Scottish Certificate of Education, 1962
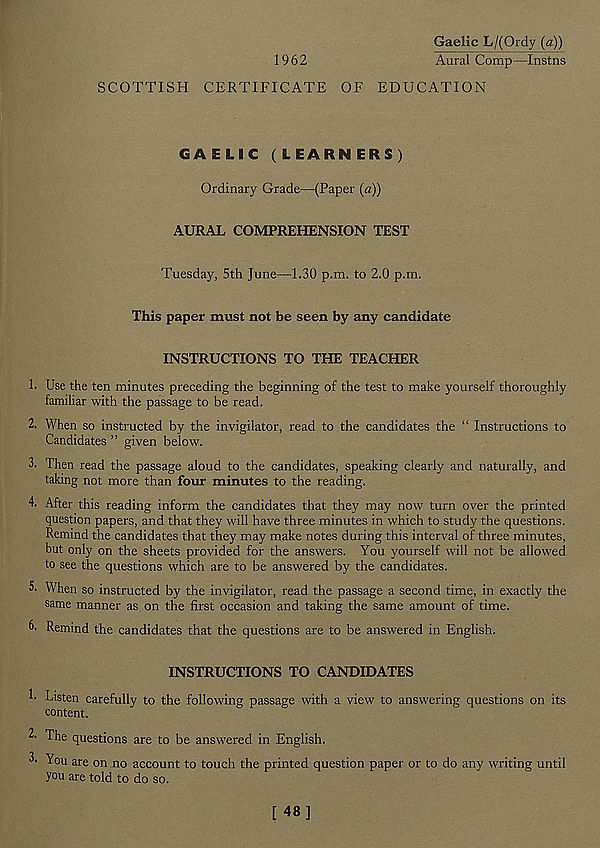
Gaelic L/(Ordy (a))
1962
Aural Comp—Instns
SCOTTISH CERTIFICATE OF EDUCATION
GAELIC (LEARNERS)
Ordinary Grade—(Paper («))
AURAL COMPREHENSION TEST
Tuesday, 5th June—1.30 p.m. to 2.0 p.m.
This paper must not be seen by any candidate
INSTRUCTIONS TO THE TEACHER
h Use the ten minutes preceding the beginning of the test to make yourself thoroughly
familiar with the passage to be read.
2. When so instructed by the invigilator, read to the candidates the “ Instructions to
Candidates ” given below.
3. Then read the passage aloud to the candidates, speaking clearly and naturally, and
taking not more than four minutes to the reading.
4. After this reading inform the candidates that they may now turn over the printed
question papers, and that they will have three minutes in which to study the questions.
Remind the candidates that they may make notes during this interval of three minutes,
but only on the sheets provided for the answers. You yourself will not be allowed
to see the questions which are to be answered by the candidates.
5. When so instructed by the invigilator, read the passage a second time, in exactly the
same manner as on the first occasion and taking the same amount of time.
C Remind the candidates that the questions are to be answered in English.
INSTRUCTIONS TO CANDIDATES
R Listen carefully to the following passage with a view to answering questions on its
content.
3- The questions are to be answered in English.
3- You are on no account to touch the printed question paper or to do any writing until
you are told to do so.
[48]